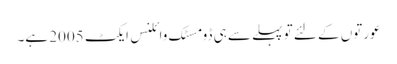
عورتوں کے لئے تو پہلے سے ہی ڈومسٹک وائلنس ایکٹ 2005 ہے۔